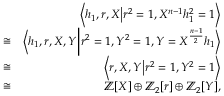
\begin{array} { r l r } & { } & { \left< h _ { 1 } , r , X \middle | r ^ { 2 } = 1 , X ^ { n - 1 } h _ { 1 } ^ { 2 } = 1 \right> } \\ & { \cong } & { \left< h _ { 1 } , r , X , Y \middle | r ^ { 2 } = 1 , Y ^ { 2 } = 1 , Y = X ^ { \frac { n - 1 } { 2 } } h _ { 1 } \right> } \\ & { \cong } & { \left< r , X , Y \middle | r ^ { 2 } = 1 , Y ^ { 2 } = 1 \right> } \\ & { \cong } & { \mathbb { Z } [ X ] \oplus \mathbb { Z } _ { 2 } [ r ] \oplus \mathbb { Z } _ { 2 } [ Y ] , } \end{array}